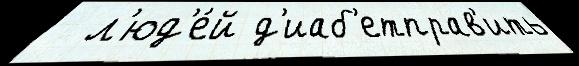
  л'юд'е́й д'иаб'етправ'ить